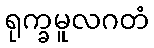
ရုက္ခမူလဂတံ